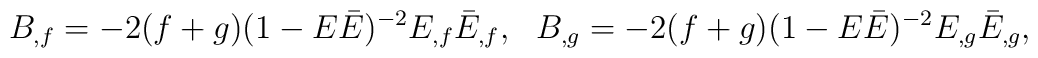
B_{,f}  = -2 (f+g)(1-E \bar {E})^{-2}E_{,f}\bar {E}_{,f},        ~~B_{,g} =  -2 (f+g)(1-E \bar {E})^{-2}E_{,g}\bar {E}_{,g},